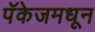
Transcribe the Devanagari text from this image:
पॅकेजमधून